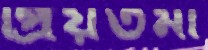
প্রিয়তমা